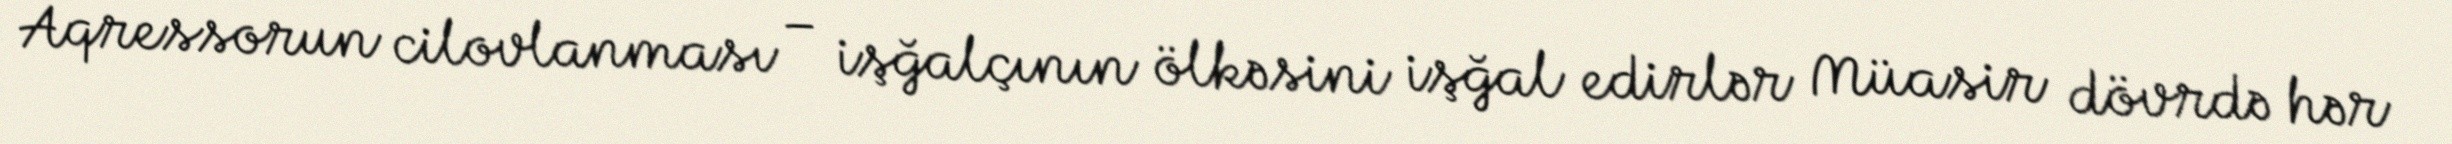
Aqressorun cilovlanması – işğalçının ölkəsini işğal edirlər Müasir dövrdə hər